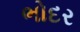
ભોદર